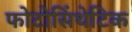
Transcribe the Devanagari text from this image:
फोटोसिंथेटिक